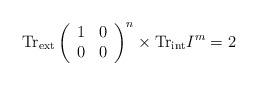
LaTeX: \begin{align*}\mathrm{Tr}_{\mathrm{ext}}\left(\begin{array}{cc}1 & 0 \\0 & 0\end{array}\right)^n\times \mathrm{Tr}_{\mathrm{int}}I^m=2\end{align*}